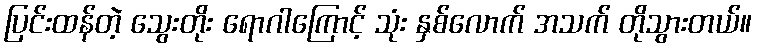
ပြင်းထန်တဲ့ သွေးတိုး ရောဂါကြောင့် သုံး နှစ်လောက် အသက် တိုသွားတယ်။